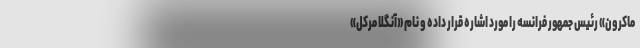
ماکرون» رئیس جمهور فرانسه را مورد اشاره قرار داده و نام «آنگلا مرکل»